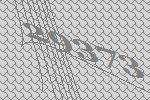
29373